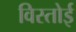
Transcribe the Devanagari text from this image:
विस्तोई